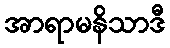
အာရာမနိသာဒီ